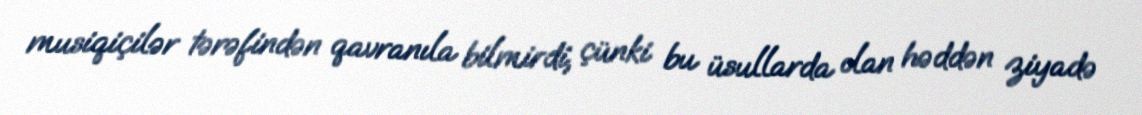
musiqiçilər tərəfindən qavranıla bilmirdi, çünki bu üsullarda olan həddən ziyadə